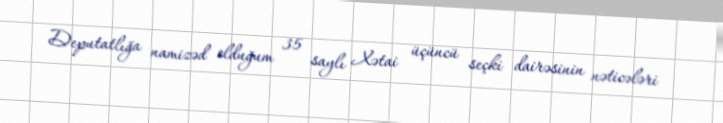
Deputatlığa namizəd olduğum 35 saylı Xətai üçüncü seçki dairəsinin nəticələri